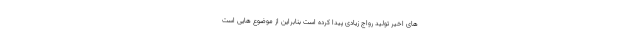
های اخیر تولید رواج زیادی پیدا کرده است بنابراین از موضوع هایی است